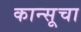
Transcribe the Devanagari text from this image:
कान्सूचा